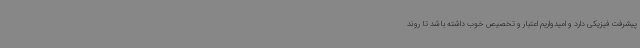
پیشرفت فیزیکی دارد و امیدواریم اعتبار و تخصیص خوب داشته باشد تا روند